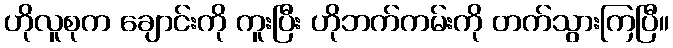
ဟိုလူစုက ချောင်းကို ကူးပြီး ဟိုဘက်ကမ်းကို တက်သွားကြပြီ။